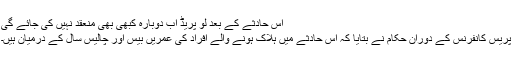
اس حادثے کے بعد لو پریڈ اب دوبارہ کبھی بھی منعقد نہیں کی جائے گی
پریس کانفرنس کے دوران حکام نے بتایا کہ اس حادثے میں ہلاک ہونے والے افراد کی عمریں بیس اور چالیس سال کے درمیان ہیں۔